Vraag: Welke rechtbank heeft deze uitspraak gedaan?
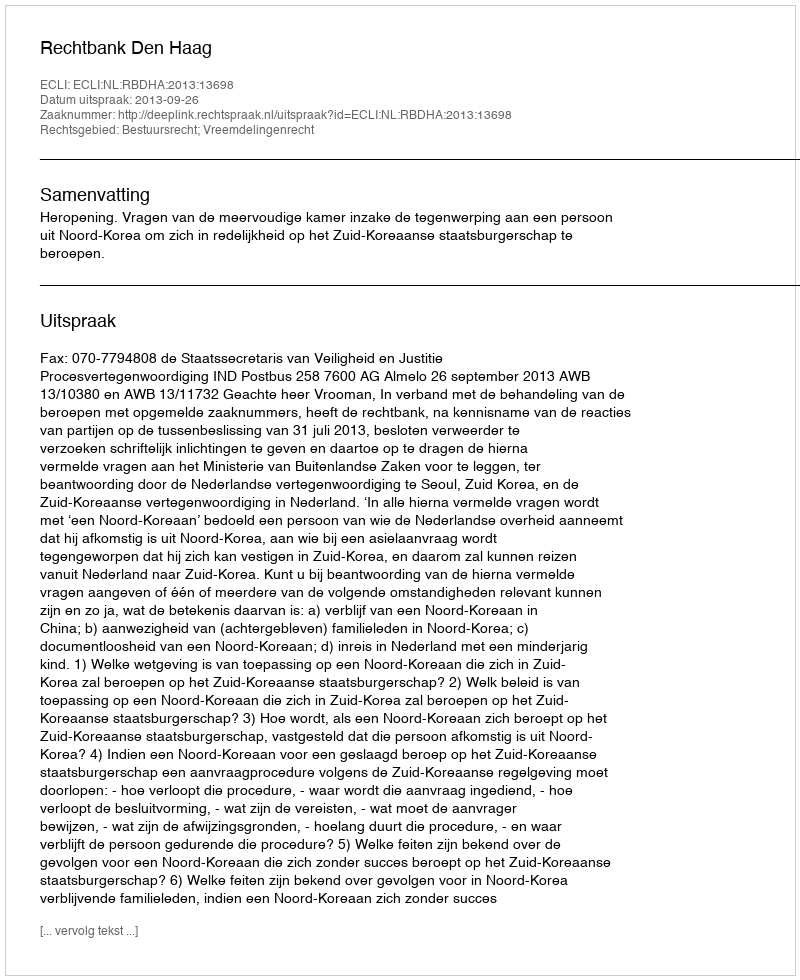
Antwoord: Rechtbank Den Haag